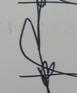
Signature authenticity: forged